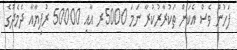
ފަހުން ވެސް އެކަން ތަކުރާރުކުރާ ނަމަ 5000ރ އާއި 50000 ރުފިޔާއާ ދެމެދުގެ